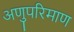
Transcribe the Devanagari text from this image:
अणुपरिमाण